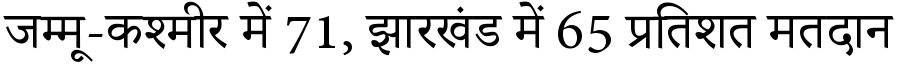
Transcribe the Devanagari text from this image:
जम्मू-कश्मीर में 71, झारखंड में 65 प्रतिशत मतदान